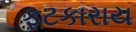
ફટકારાય